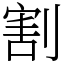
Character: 割